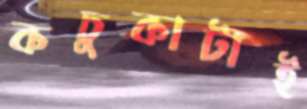
কচুকাটাই